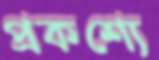
প্রকশ্যে